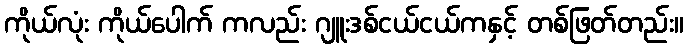
ကိုယ်လုံး ကိုယ်ပေါက် ကလည်း ဂျူးဒစ်ငယ်ငယ်ကနှင့် တစ်ဖြတ်တည်း။